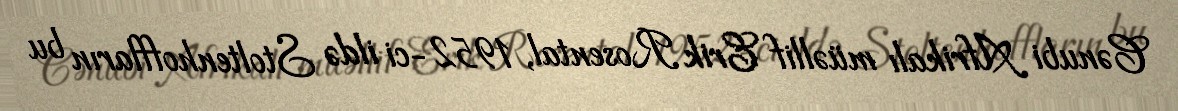
Cənubi Afrikalı müəllif Erik Rosental, 1952-ci ildə Stoltenhoffların bu